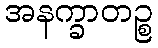
အနက္ခာတဉ္စ